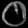
Digit: ၀